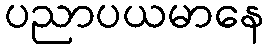
ပညာပယမာနေ